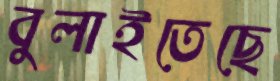
বুলাইতেছে